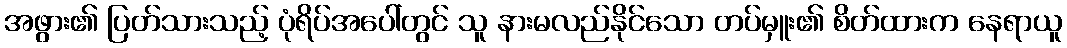
အဖွား၏ ပြတ်သားသည့် ပုံရိပ်အပေါ်တွင် သူ နားမလည်နိုင်သော တပ်မှူး၏ စိတ်ထားက နေရာယူ